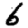
Digit: 6